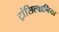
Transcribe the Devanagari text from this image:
ट्रांसिल्वानिया